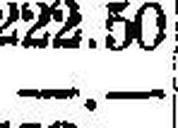
—.—